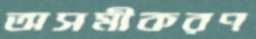
অসমীকরণ